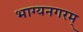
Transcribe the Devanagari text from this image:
भाग्यनगरम्